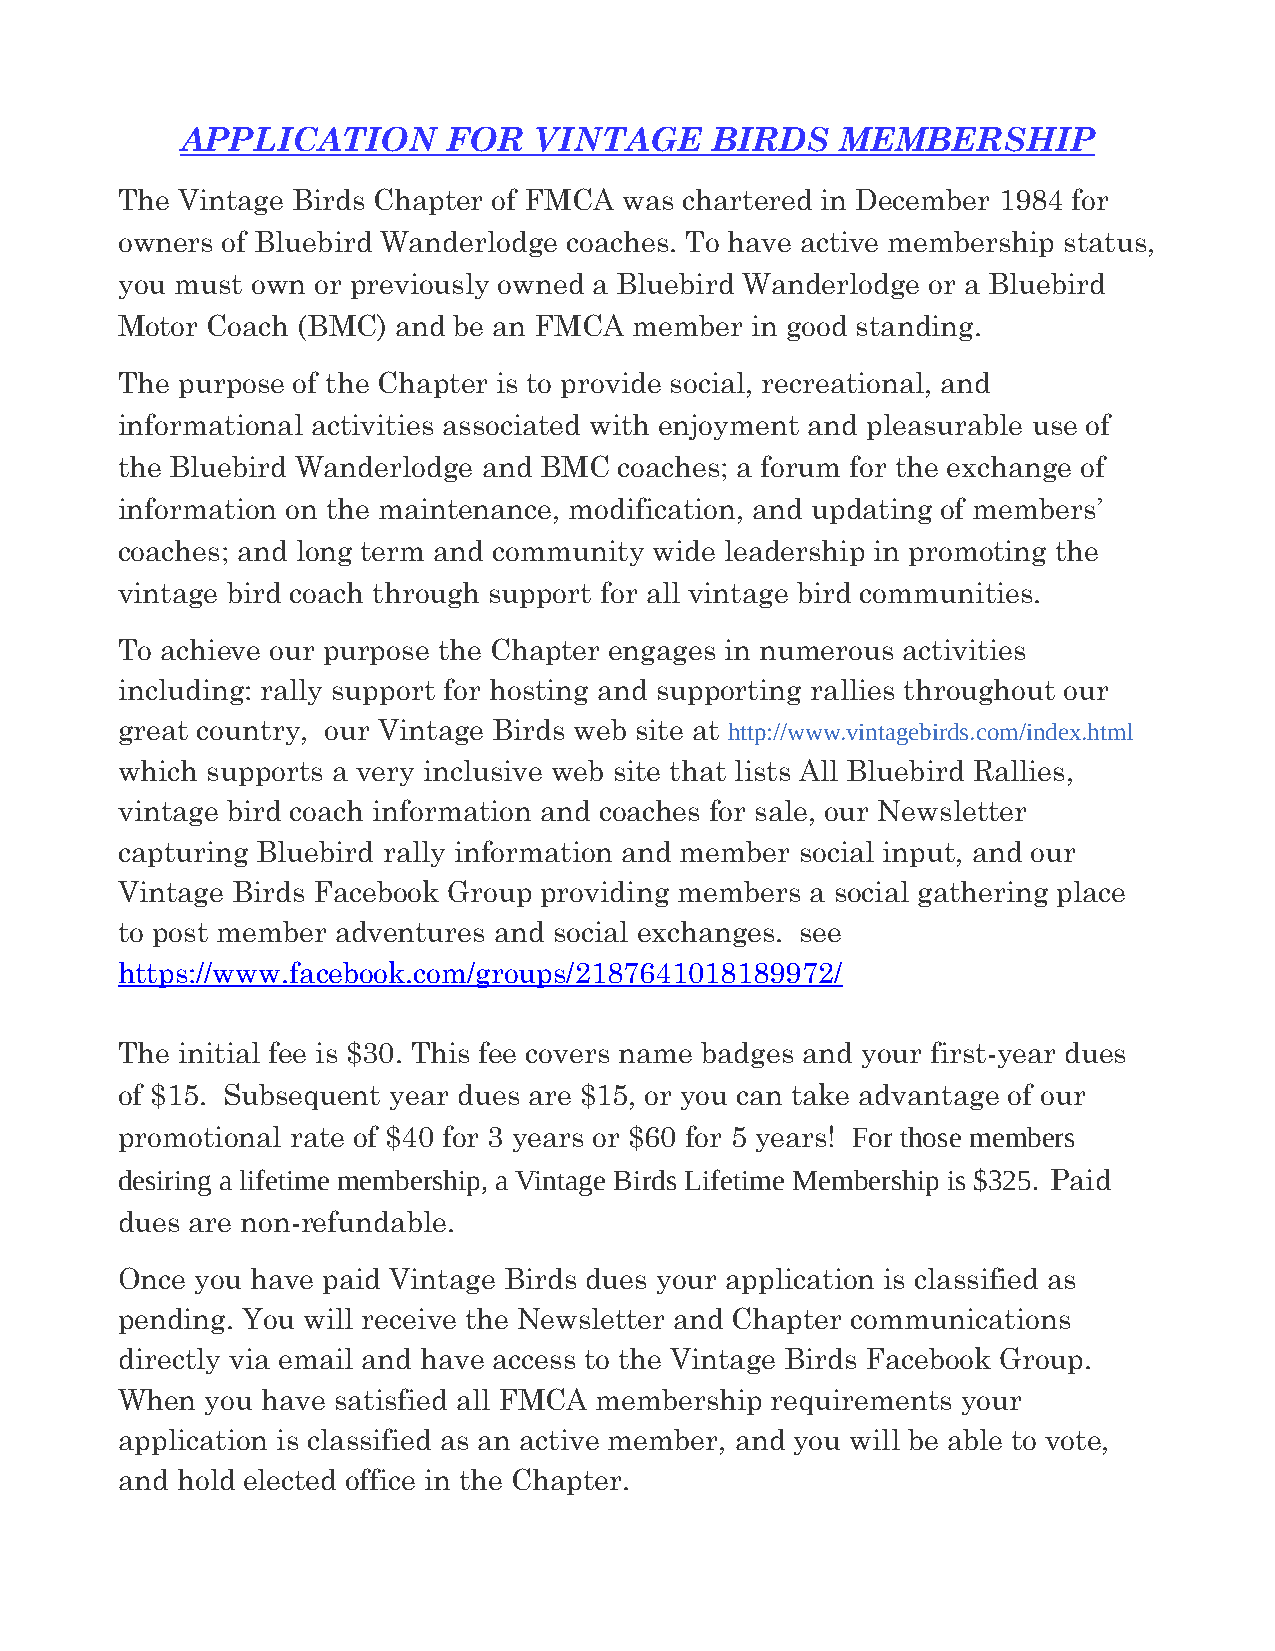
APPLICATION       FOR  VINTAGE     BIRDS    MEMBERSHIP
 The Vintage Birds Chapter of FMCA was chartered in December 1984 for
 owners of Bluebird Wanderlodge coaches. To have active membership status,
 you must own or previously owned a Bluebird Wanderlodge or a Bluebird
 Motor Coach (BMC) and be an FMCA  member  in good standing.
 The purpose of the Chapter is to provide social, recreational, and
 informational activities associated with enjoyment and pleasurable use of
 the Bluebird Wanderlodge and BMC coaches; a forum for the exchange of
 information on the maintenance, modification, and updating of members’
 coaches; and long term and community wide leadership in promoting the
 vintage bird coach through support for all vintage bird communities.
 To achieve our purpose the Chapter engages in numerous activities
 including: rally support for hosting and supporting rallies throughout our
 great country, our Vintage Birds web site at http://www.vintagebirds.com/index.html
 which supports a very inclusive web site that lists All Bluebird Rallies,
 vintage bird coach information and coaches for sale, our Newsletter
 capturing Bluebird rally information and member social input, and our
 Vintage Birds Facebook Group providing members a social gathering place
 to post member adventures and social exchanges. see
 https://www.facebook.com/groups/2187641018189972/
 The initial fee is $30. This fee covers name badges and your first-year dues
 of $15. Subsequent year dues are $15, or you can take advantage of our
 promotional rate of $40 for 3 years or $60 for 5 years! For those members
 desiring a lifetime membership, a Vintage Birds Lifetime Membership is $325. Paid
 dues are non-refundable.
 Once you have paid Vintage Birds dues your application is classified as
 pending. You will receive the Newsletter and Chapter communications
 directly via email and have access to the Vintage Birds Facebook Group.
 When  you have satisfied all FMCA membership requirements your
 application is classified as an active member, and you will be able to vote,
 and hold elected office in the Chapter.